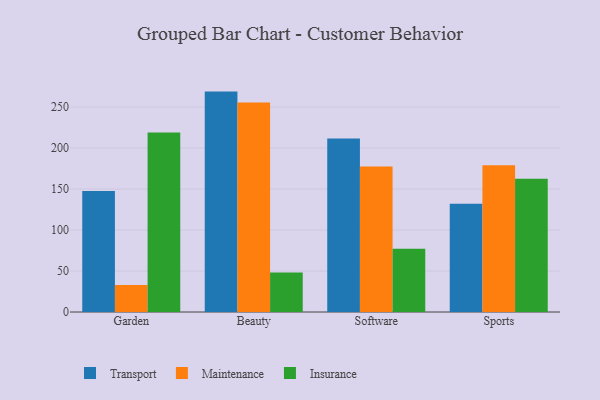
{"axis": {"x": "Category", "y": "Revenue (USD Million)"}, "legend": ["Insurance", "Maintenance", "Transport"], "data": [{"x": "Garden", "y": 147.6, "type": "Transport"}, {"x": "Garden", "y": 32.8, "type": "Maintenance"}, {"x": "Garden", "y": 218.9, "type": "Insurance"}, {"x": "Beauty", "y": 268.8, "type": "Transport"}, {"x": "Beauty", "y": 255.6, "type": "Maintenance"}, {"x": "Beauty", "y": 48.1, "type": "Insurance"}, {"x": "Software", "y": 211.7, "type": "Transport"}, {"x": "Software", "y": 177.4, "type": "Maintenance"}, {"x": "Software", "y": 77.0, "type": "Insurance"}, {"x": "Sports", "y": 131.9, "type": "Transport"}, {"x": "Sports", "y": 179.1, "type": "Maintenance"}, {"x": "Sports", "y": 162.6, "type": "Insurance"}]}